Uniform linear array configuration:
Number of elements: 48
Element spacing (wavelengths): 1
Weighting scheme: blackman
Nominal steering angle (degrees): -45
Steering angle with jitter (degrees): -46.759
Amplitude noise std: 0.05
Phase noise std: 0.05

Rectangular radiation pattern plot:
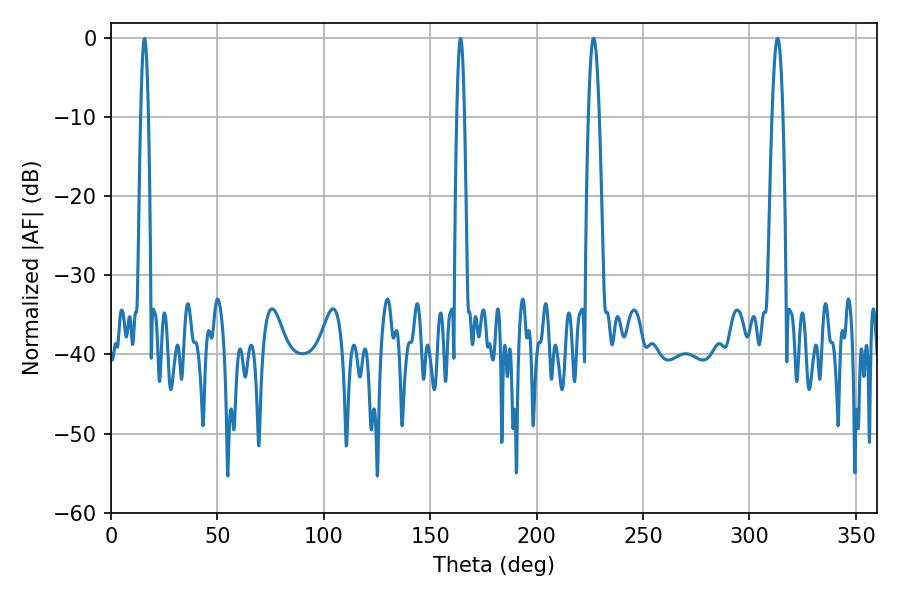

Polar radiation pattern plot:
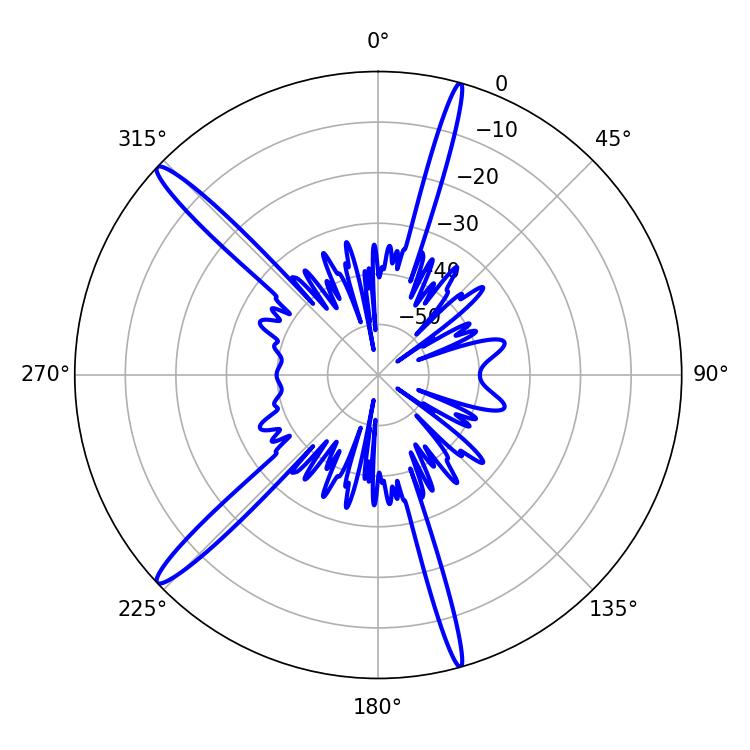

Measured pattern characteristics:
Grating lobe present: TRUE
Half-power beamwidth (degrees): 2.88
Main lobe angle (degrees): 226.8